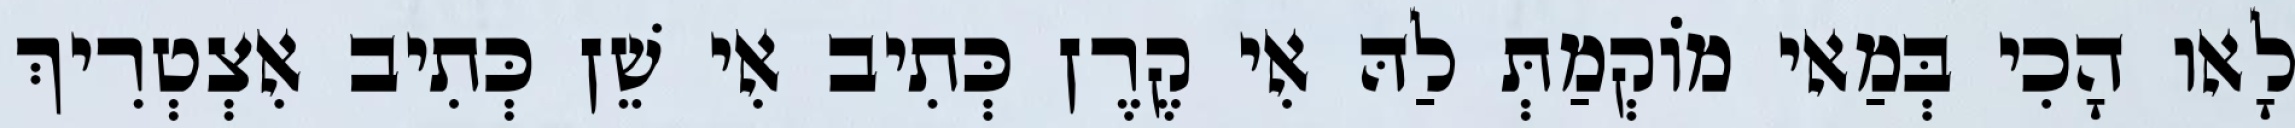
לָאו הָכִי בְּמַאי מוֹקְמַתְּ לַהּ אִי קֶרֶן כְּתִיב אִי שֵׁן כְּתִיב אִצְטְרִיךְ